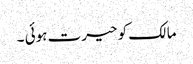
مالک کو حیرت ہوئی ۔